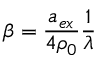
\beta = \frac { a _ { e x } } { 4 \rho _ { 0 } } \frac { 1 } { \lambda }